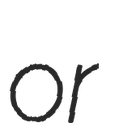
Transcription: or